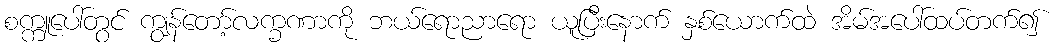
စက္ကူပေါ်တွင် ကျွန်တော့်လက္ခဏာကို ဘယ်ရောညာရော ယူပြီးနောက် နှစ်ယောက်ထဲ အိမ်အပေါ်ထပ်တက်၍